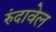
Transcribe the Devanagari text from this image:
रुंदावेल